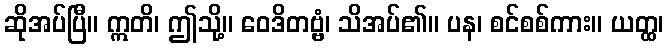
ဆိုအပ်ပြီ။ ဣတိ၊ ဤသို့။ ဝေဒိတဗ္ဗံ၊ သိအပ်၏။ ပန၊ စင်စစ်ကား။ ယတ္ထ၊